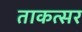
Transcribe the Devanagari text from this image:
ताकत्सर